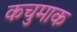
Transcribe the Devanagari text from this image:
कचुमाक